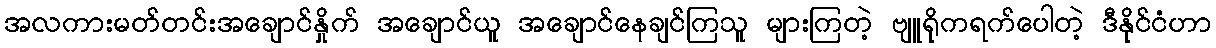
အလကားမတ်တင်းအချောင်နှိုက် အချောင်ယူ အချောင်နေချင်ကြသူ များကြတဲ့ ဗျူရိုကရက်ပေါတဲ့ ဒီနိုင်ငံဟာ